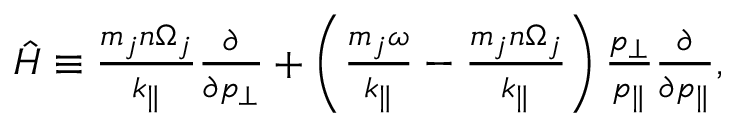
\begin{array} { r } { \hat { H } \equiv \frac { m _ { j } n \Omega _ { j } } { k _ { \parallel } } \frac { \partial } { \partial p _ { \perp } } + \left( \frac { m _ { j } \omega } { k _ { \parallel } } - \frac { m _ { j } n \Omega _ { j } } { k _ { \parallel } } \right) \frac { p _ { \perp } } { p _ { \parallel } } \frac { \partial } { \partial p _ { \parallel } } , } \end{array}